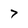
Character: 7